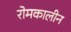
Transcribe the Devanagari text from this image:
रोमकालीन